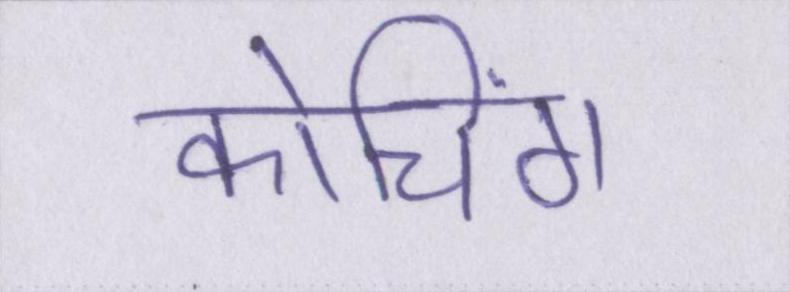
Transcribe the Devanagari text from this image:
कोचिंग